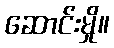
ဆောင်းမှို။